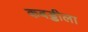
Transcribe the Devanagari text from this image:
कबड्डीला